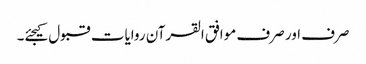
صرف اور صرف موافق القرآن روایات قبول کیجئے۔